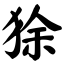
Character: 狳